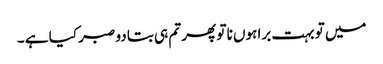
میں تو بہت برا ہوں نا تو پھر تم ہی بتا دو صبر کیا ہے ۔